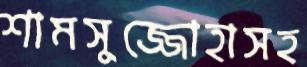
শামসুজ্জোহাসহ